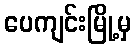
ပေကျင်းမြို့မှ